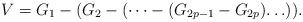
LaTeX: \begin{align*} V=G_1-(G_2-(\dots-(G_{2p-1}-G_{2p}){\dots})). \end{align*}